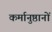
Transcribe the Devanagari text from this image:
कर्मानुष्ठानों